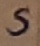
Text: S